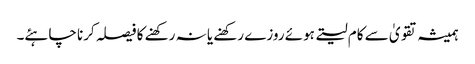
ہمیشہ تقویٰ سے کام لیتے ہوئے روزے رکھنے یا نہ رکھنے کا فیصلہ کرنا چاہئے۔